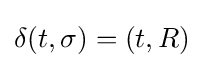
\delta (t,\sigma )=(t,R)